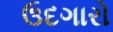
ઉદગારો